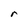
Character: r